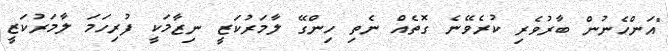
"އަންހެނުން ބާރުވެރި ކުރެވޭނެ ގޮތެއް ނެތި ހިންގޭ ލާމަރުކަޒީ ނިޒާމަކީ ފުރިހަމަ ލާމަރުކަޒީ